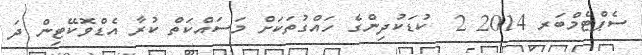
ސެޕްޓެމްބަރ 2014 2  ކުޑަކުދިންގެ ހައްގުތަކަށް މަސައްކަތް ކުރާ އެޑްވޮކޭޓިން ދަ